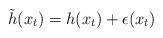
LaTeX: \begin{align*}\tilde{h}(x_{t})=h(x_t)+\epsilon(x_t)\end{align*}